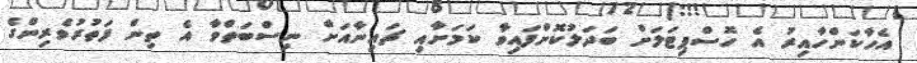
އެހާކަންހާއިރު އެ ހޮސްޕިޓަލަށް ބަދަލުކޮށްފައިވާ ކަމަށާއި ޗައިނާއަށް ނިސްބަތްވާ އެ ތިން ފަތުރުވެރިންގެ